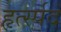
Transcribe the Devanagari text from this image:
हृर्त्स्पद